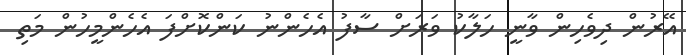
އޭރުން ދިވެހިން ވާނީ ހަލާކު ވަރަށް ސާފު އެހެންނު ކަންކޮށްފަ އެހެންމީހުން މަތި